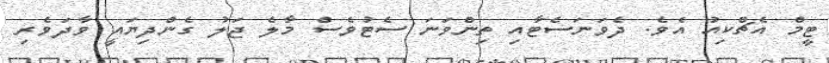
ޓީމް އެޗްކިއު އެވެ. ދެވަނަސެޓާއި ތިންވަނަ ސެޓުވެސް މާލެ ޖަލު ގެންދިޔައީ ވާދަވެރި